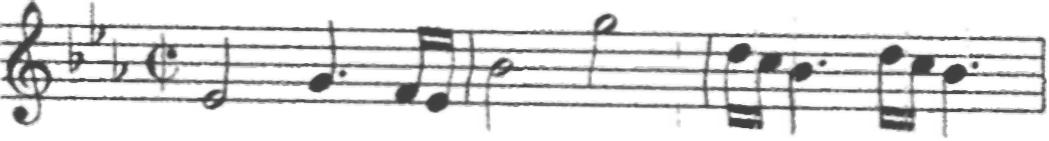
Transcription: clef-G2 keySignature-EbM timeSignature-C/ note-Eb4_half note-G4_quarter. note-F4_sixteenth note-Eb4_sixteenth barline note-Bb4_half note-G5_half barline note-D5_sixteenth note-C5_sixteenth note-Bb4_quarter. note-D5_sixteenth note-C5_sixteenth note-Bb4_quarter. barline